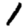
Digit: 1